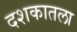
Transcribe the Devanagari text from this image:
दशकातला